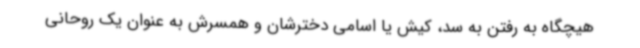
هیچگاه به رفتن به سد، کیش یا اسامی دخترشان و همسرش به عنوان یک روحانی